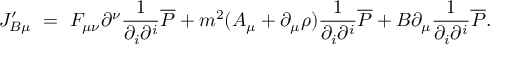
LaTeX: J _ { B \mu } ^ { \prime } ~ = ~ F _ { \mu \nu } \partial ^ { \nu } \frac { 1 } { \partial _ { i } \partial ^ { i } } { \overline { { { \cal P } } } } + m ^ { 2 } ( A _ { \mu } + \partial _ { \mu } \rho ) \frac { 1 } { \partial _ { i } \partial ^ { i } } { \overline { { { \cal P } } } } + B \partial _ { \mu } \frac { 1 } { \partial _ { i } \partial ^ { i } } { \overline { { { \cal P } } } } .